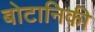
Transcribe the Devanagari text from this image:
बोटानिकी